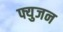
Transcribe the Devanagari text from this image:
फ्युजन